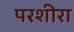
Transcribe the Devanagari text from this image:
परशीरा